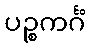
ပဉ္စကင်္ဂံ